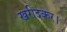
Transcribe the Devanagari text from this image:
खरीदकर।